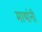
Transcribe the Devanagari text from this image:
मायांनी